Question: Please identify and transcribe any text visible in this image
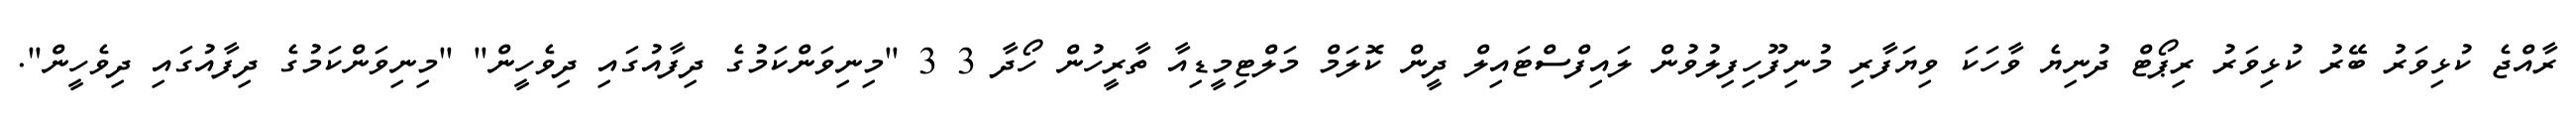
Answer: ރާއްޖެ ކުޅިވަރު ބޭރު ކުޅިވަރު ރިޕޯޓް ދުނިޔެ ވާހަކަ ވިޔަފާރި މުނިފޫހިފިލުވުން ލައިފްސްޓައިލް ދީން ކޮލަމް މަލްޓިމީޑިއާ ތާރީހުން ހޯދާ 3 3 "މިނިވަންކަމުގެ ދިފާއުގައި ދިވެހީން" "މިނިވަންކަމުގެ ދިފާއުގައި ދިވެހީން".